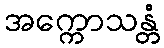
အက္ကောသန္တံ